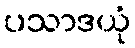
ပသာဒယုံ